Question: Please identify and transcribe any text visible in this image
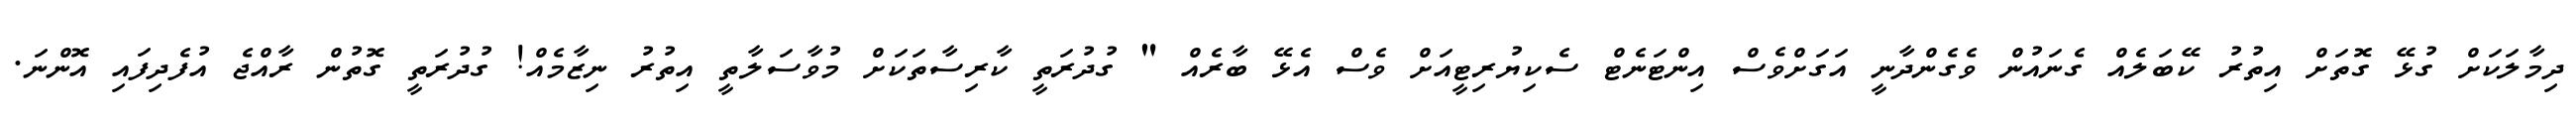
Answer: ދިމާލަކަށް ގުޅޭ ގޮތަށް އިތުރު ކޭބަލެއް ގެނައުން ވެގެންދާނީ އަގަށްވެސް އިންޓަނެޓް ސެކިޔުރިޓީއަށް ވެސް އެޅޭ ބާރެއް " ގުދުރަތީ ކާރިސާތަކަށް މުވާސަލާތީ އިތުރު ނިޒާމެއް! ގުދުރަތީ ގޮތުން ރާއްޖެ އުފެދިފައި އޮންނަ.